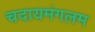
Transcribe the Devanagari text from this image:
चदायमंगलम